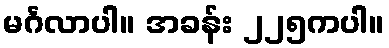
မင်္ဂလာပါ။ အခန်း ၂၂၅ကပါ။